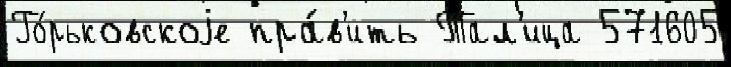
Го́рьковскоjе пра́в'ить Тал'ица 571605